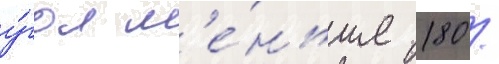
у́гол м'е́ньше 180 /